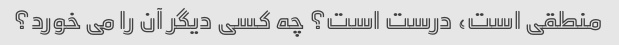
منطقی است، درست است؟ چه کسی دیگر آن را می خورد؟